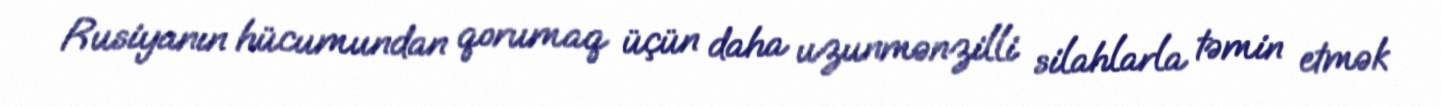
Rusiyanın hücumundan qorumaq üçün daha uzunmənzilli silahlarla təmin etmək